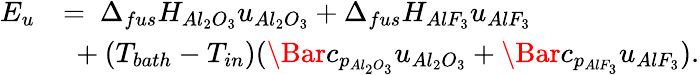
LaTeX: \begin{array}{rl}{E_{u}}&{=\ \Delta_{fus}H_{Al_{2}O_{3}}u_{Al_{2}O_{3}}+\Delta_{fus}H_{AlF_{3}}u_{AlF_{3}}}\\ &{\ +(T_{bath}-T_{in})(\Bar{c}_{p_{Al_{2}O_{3}}}u_{Al_{2}O_{3}}+\Bar{c}_{p_{AlF_{3}}}u_{AlF_{3}}).}\end{array}